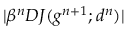
| \beta ^ { n } D J ( g ^ { n + 1 } ; d ^ { n } ) |